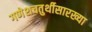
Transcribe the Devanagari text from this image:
गणेशचतुर्थीसारख्या